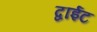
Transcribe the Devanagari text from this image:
द्वाईट